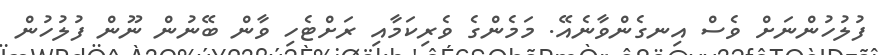
ފުލުހުންނަށް ވެސް އިނގެންވާނެއޭ. މަމެންގެ ވެރިކަމާއި ރަށްޓެހި ވާން ބޭނުން ނޫން ފުލުހުން